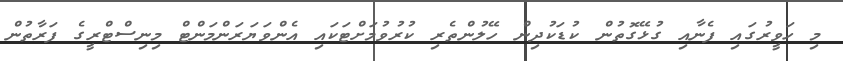
މި ހަވީރުގައި ފެނާއި ގުޅޭގޮތުން ކުޑަކުދިން ހޭލުންތެރި ކުރުވުމަށްޓަކައި އެންވަޔަރަންމަންޓް މިނިސްޓްރީގެ ފަރާތުން